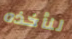
لنأخذه